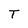
Character: T